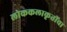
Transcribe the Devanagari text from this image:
लोककलाकृतींचा